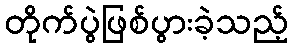
တိုက်ပွဲဖြစ်ပွားခဲ့သည့်